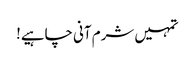
تمہیں شرم آنی چاہیے!